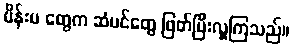
မိန်းမ တွေက ဆံပင်တွေ ဖြတ်ပြီးလှူကြသည်။